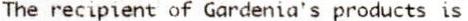
THE RECIPIENT OF GARDENIA'S PRODUCTS IS